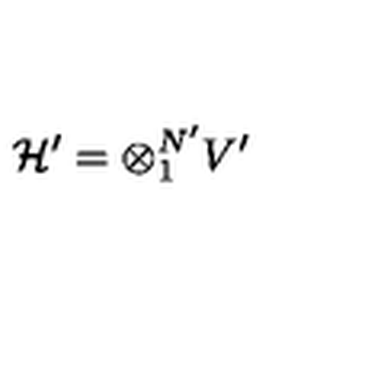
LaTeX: { \cal H ^ { \prime } } = \otimes _ { 1 } ^ { N ^ { \prime } } V ^ { \prime }